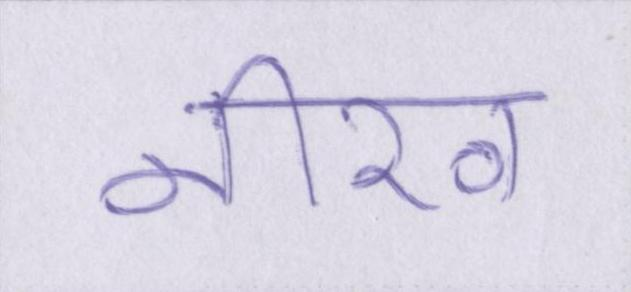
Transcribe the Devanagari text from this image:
नीरव